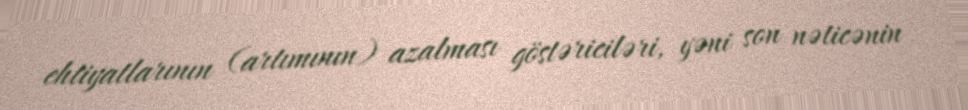
ehtiyatlarının (artımının) azalması göstəriciləri, yəni son nəticənin